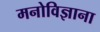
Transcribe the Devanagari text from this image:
मनोविज्ञाना